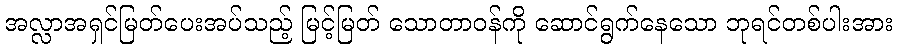
အလ္လာအရှင်မြတ်ပေးအပ်သည့် မြင့်မြတ် သောတာဝန်ကို ဆောင်ရွက်နေသော ဘုရင်တစ်ပါးအား